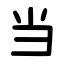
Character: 当